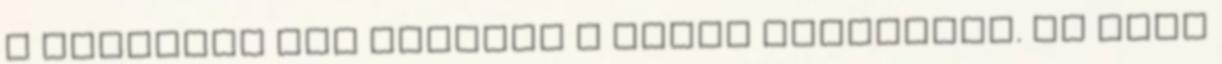
a kórházba már kómásan a világ váltáskor. Az csak